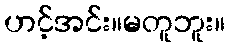
ဟင့်အင်း။မတူဘူး။